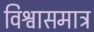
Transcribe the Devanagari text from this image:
विश्वासमात्र